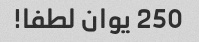
250 یوان لطفا!